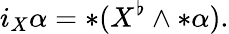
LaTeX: i_{X}\alpha=\ast(X^{\flat}\wedge\ast\alpha).